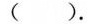
( )。